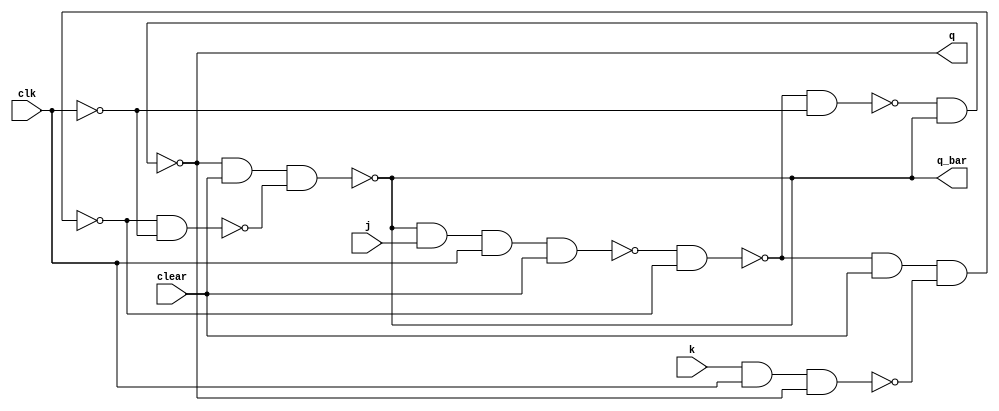

module jkff(q, q_bar, j, k, clear, clk);
	input j, k, clear, clk;
	output q, q_bar;
	wire a, b, c, d, y, y_bar, c_bar;
	nand(a, q_bar, j, clk, clear);
	nand(b, k, clk, q);
	nand(y, a, y_bar);
	nand(y_bar, y, clear, b);
	not(c_bar, clk);
	nand(c, y, c_bar);
	nand(d, y_bar, c_bar);
	nand(q, c, q_bar);
	nand(q_bar, q, clear, d);
endmodule


module Syn_UP_DOWN(q,M,clk,clear);
//M-->0 Down_count
//M-->1 UP_Count

input M,clk,clear;
output [2:0] q;

wire ja,ka,jb,kb,jc,kc;

assign jc=1;
assign kc=1;

jkff fc(q[0], ,jc,kc,clear,clk);


assign jb=~(M^q[0]);
assign kb=~(M^q[0]);

jkff fb(q[1], ,jb,kb,clear,clk);


assign ja=((~M&~q[1]&~q[0])|(M&q[1]&q[0]));
assign ka=((~M&~q[1]&~q[0])|(M&q[1]&q[0]));

jkff fa(q[2], ,ja,ka,clear,clk);




endmodule